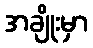
အချိုးမှာ